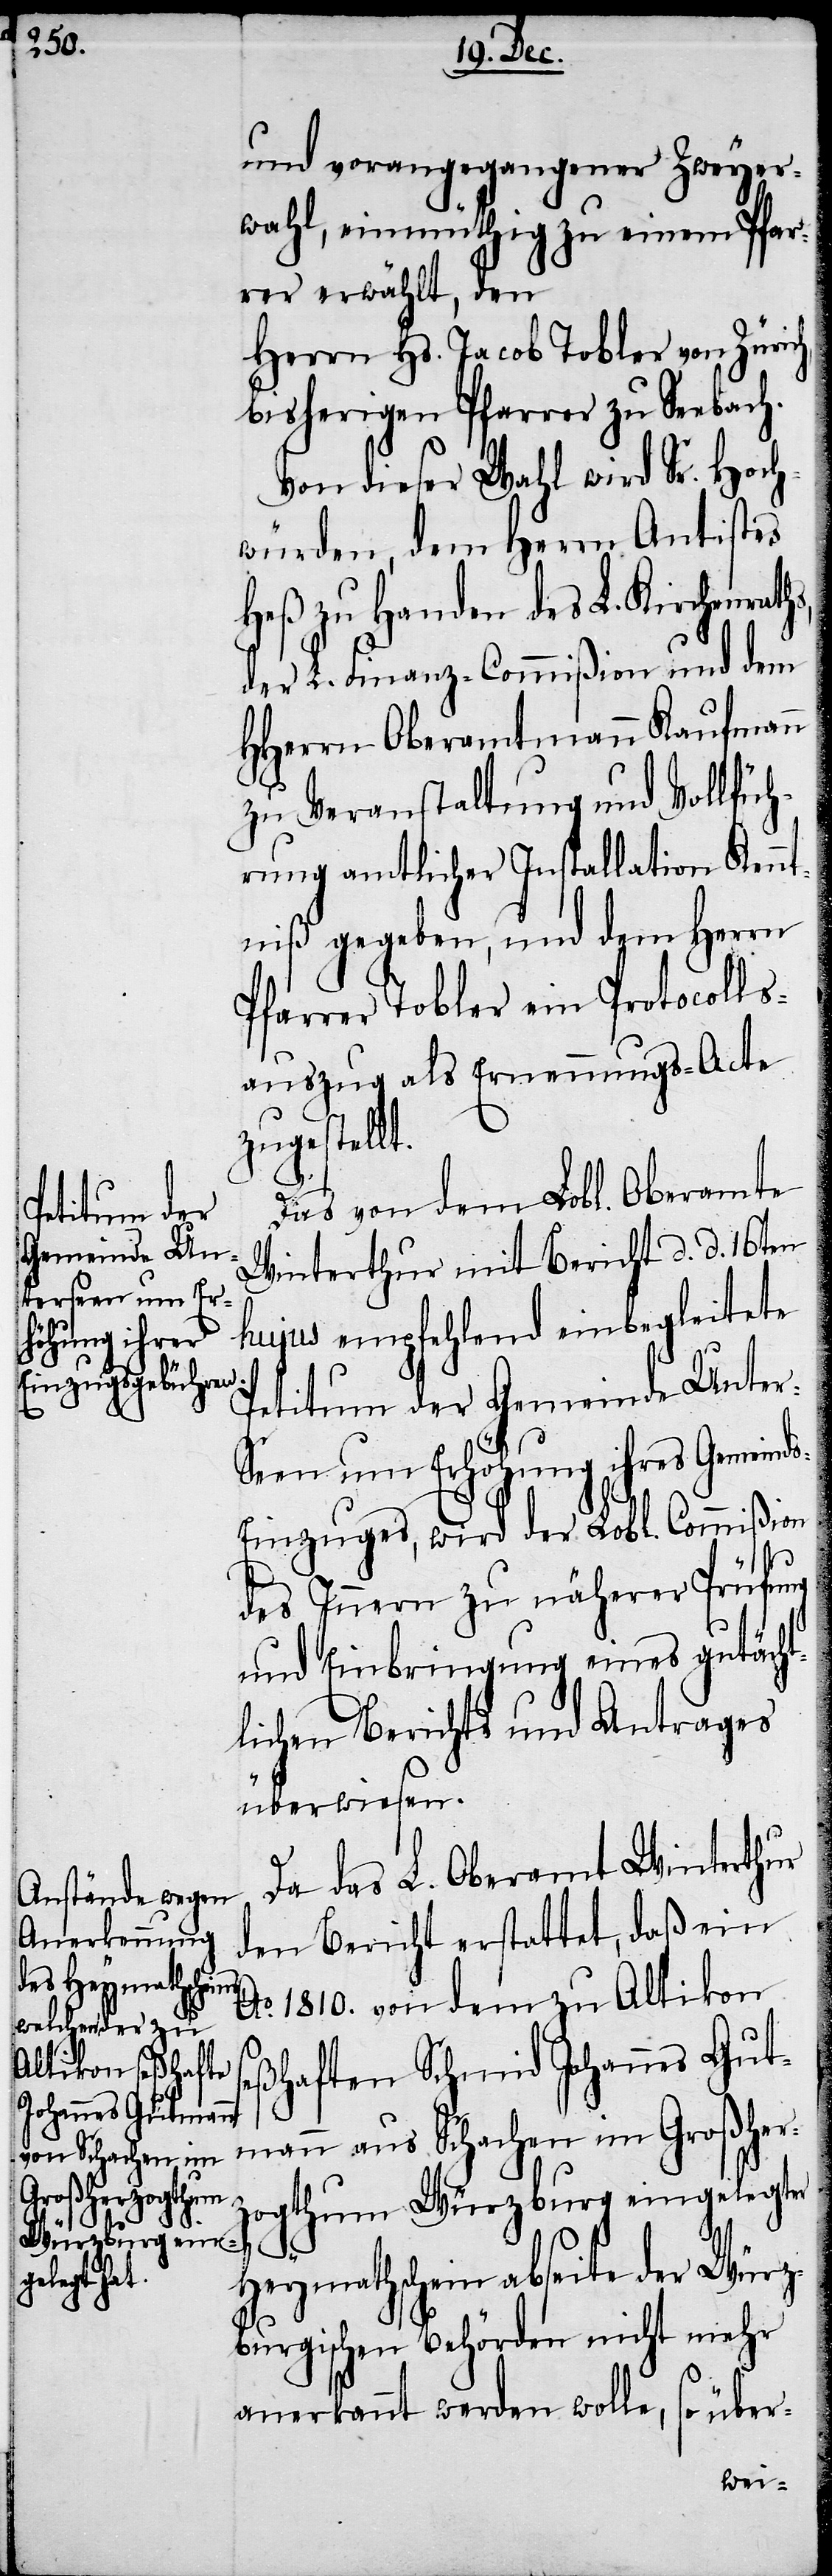
und vorangegangener Zweyer¬
wahl, einmüthig zu einem Pfar¬
rer erwählt, den
Herrn Hs. Jacob Tobler von Zürich,
bisherigen Pfarrer zu Seebach.
Von dieser Wahl wird Sr. Hoch¬
würden, dem Herrn Antistes
Heß zu Handen des L. Kirchenrath¬
der L. Finanz-Commißion und dem
HHerrn Oberamtmann Kaufmann
zu Veranstaltung und Vollfüh¬
rung amtlicher Installation Kenn¬
tniß gegeben, und dem Herrn
Pfarrer Tobler ein Protocolls¬
auszug als Ernennungs-Acte
zugestellt.
Das von dem Lobl. Oberamte
Petitum der
Gemeinds-E¬
Winterthur mit Bericht d. d. 16ten
ter-Seen um Er¬
hujus empfehlend einbegleitete
höhung ihres
inzuges, wird der Lobl. Commißion
des Innern zu näherer Prüfung
und Einbringung eines gutächt¬
lichen Berichts und Antrages
überwiesen.
Da das L. Oberamt Winterthur
den Bericht erstattet, daß ein
Ao. 1810. von dem zu Altikon
seßhaften Schmid Johannes Gut¬
mann aus Schachen im Großher¬
zogthum Würzburg eingelegter
Heymathschein abseite der Würz¬
burgischen Behörden nicht mehr
anerkannt werden wolle, so über-
s,